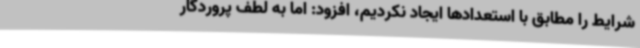
شرایط را مطابق با استعدادها ایجاد نکردیم، افزود: اما به لطف پروردگار